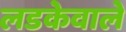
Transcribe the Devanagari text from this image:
लडकेवाले